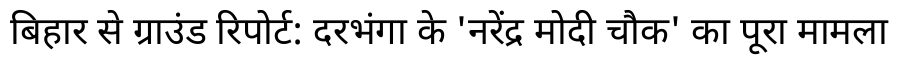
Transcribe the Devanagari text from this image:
बिहार से ग्राउंड रिपोर्ट: दरभंगा के 'नरेंद्र मोदी चौक' का पूरा मामला